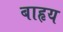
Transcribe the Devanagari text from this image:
बाहृय